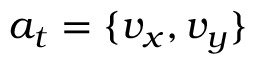
a _ { t } = \{ v _ { x } , v _ { y } \}